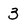
Character: 3